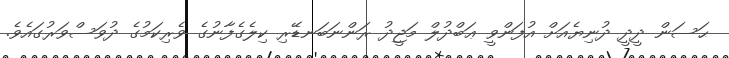
ޙަސަން ދީދީ ދުނިޔެއަށް އުފަންވީ ޢަބްދުލް މަޖީދު ރަންނަބަނޑޭރި ކިލެގެފާނުގެ ވެރިކަމުގެ ދުވަސްވަރުގައެވެ.